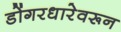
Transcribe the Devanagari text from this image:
डोंगरधारेवरून